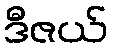
ဒီဇယ်